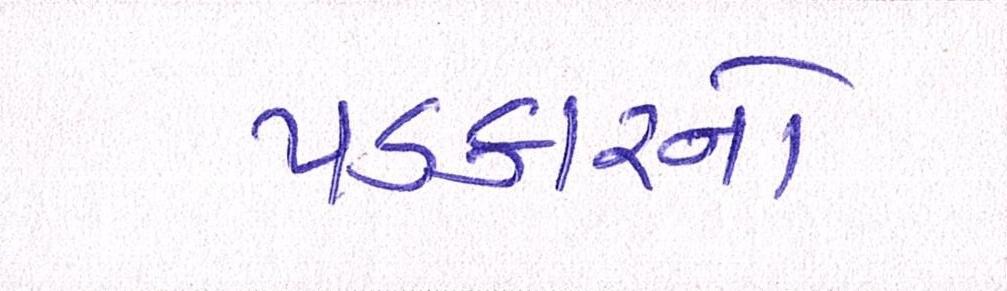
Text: પડકારનો